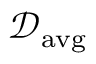
\mathcal { D } _ { \mathrm { a v g } }